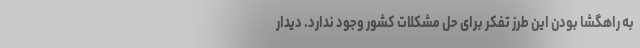
به راهگشا بودن این طرز تفکر برای حل مشکلات کشور وجود ندارد. دیدار